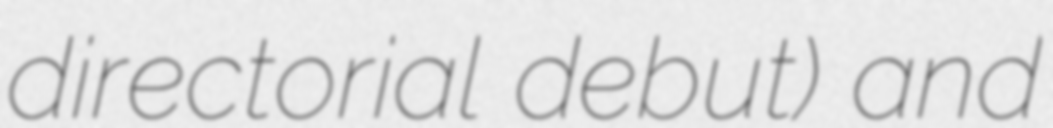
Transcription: directorial debut) and